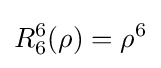
R_{6}^{6}(\rho )=\rho ^{6}